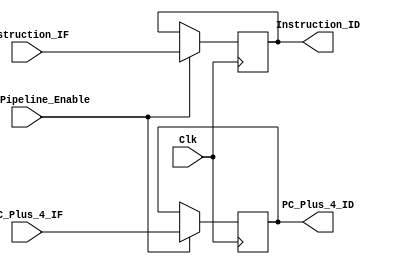
// Instruction fetch stage to instruction decode stage pipeline, passing data on positive edge of global clock

module IF_ID_Pipeline_Stage(
			     input [31:0]  Instruction_IF,
			     input [31:0]	 PC_Plus_4_IF,
				  input			 IF_ID_Pipeline_Enable,

			     output reg [31:0] Instruction_ID,
			     output reg [31:0] PC_Plus_4_ID,
			     input 	   Clk
			     );
   
   initial begin
		Instruction_ID		<= 32'd0;
		PC_Plus_4_ID		<= 32'd0;
   end
	
   always@(posedge Clk) begin
		if(IF_ID_Pipeline_Enable)
			begin
				Instruction_ID<=Instruction_IF;
				PC_Plus_4_ID<=PC_Plus_4_IF;
			end

	end

endmodule // IF_ID_Pipeline_Stage